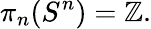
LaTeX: \pi_{n}(S^{n})=\mathbb{Z}.